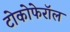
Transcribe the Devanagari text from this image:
टोकोफेरॉल